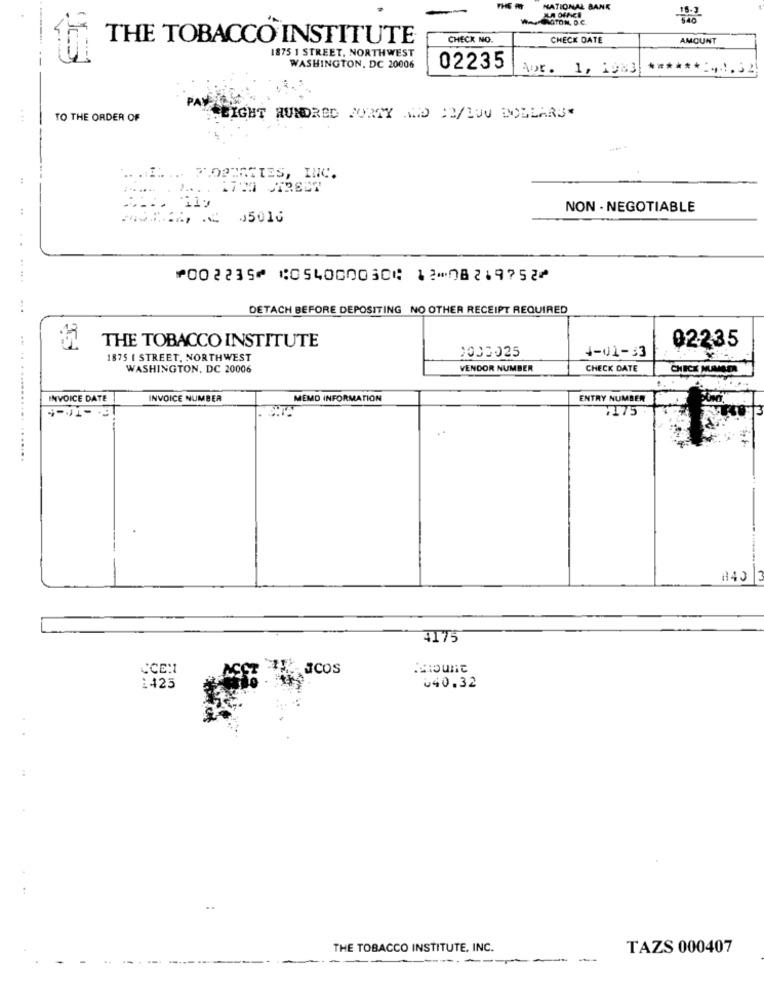
KA OFACI
NATIONAL BANK
WATCOTON, D.C.
THE TOBACCO INSTITUTE
CHECK NO.
CHECK DATE
AMOUNT
1875 1 STREET, NORTHWEST
WASHINGTON, DC 20006
02235
Apr. 1, 1983
*****:,, 52
TO THE ORDER OF
PATREIGHT HUNDRED FORTY AND CO/LOU DOLLARS
.. .... ... F.OPIACTES, INC.
-11:
:
NON - NEGOTIABLE
ANJAA 1 05016
..
.. .. .
⑈002235⑈ ⑆054000030⑆ 12⑉08219752⑈
DETACH BEFORE DEPOSITING NO OTHER RECEIPT REQUIRED
02235
THE TOBACCO INSTITUTE
1000025
1875 I STREET, NORTHWEST
4-01-33
WASHINGTON, DC 20006
VENDOR NUMBER
CHECK DATE
CHECK NUMBER
INVOICE DATE
INVOICE NUMBER
MEMO INFORMATION
ENTRY NUMBER
¥175
.. .. ........... ......
#40
4175
CCE:1
ICOS
1425
640.32
..
THE TOBACCO INSTITUTE, INC.
TAZS 000407